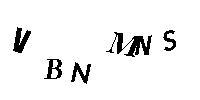
VBNMNS